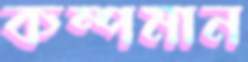
কম্পমান